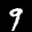
Label: 9